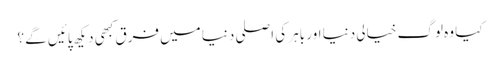
کیا وہ لوگ خیالی دنیا اور باہر کی اصلی دنیا میں فرق کبھی دیکھ پائیں گے ؟